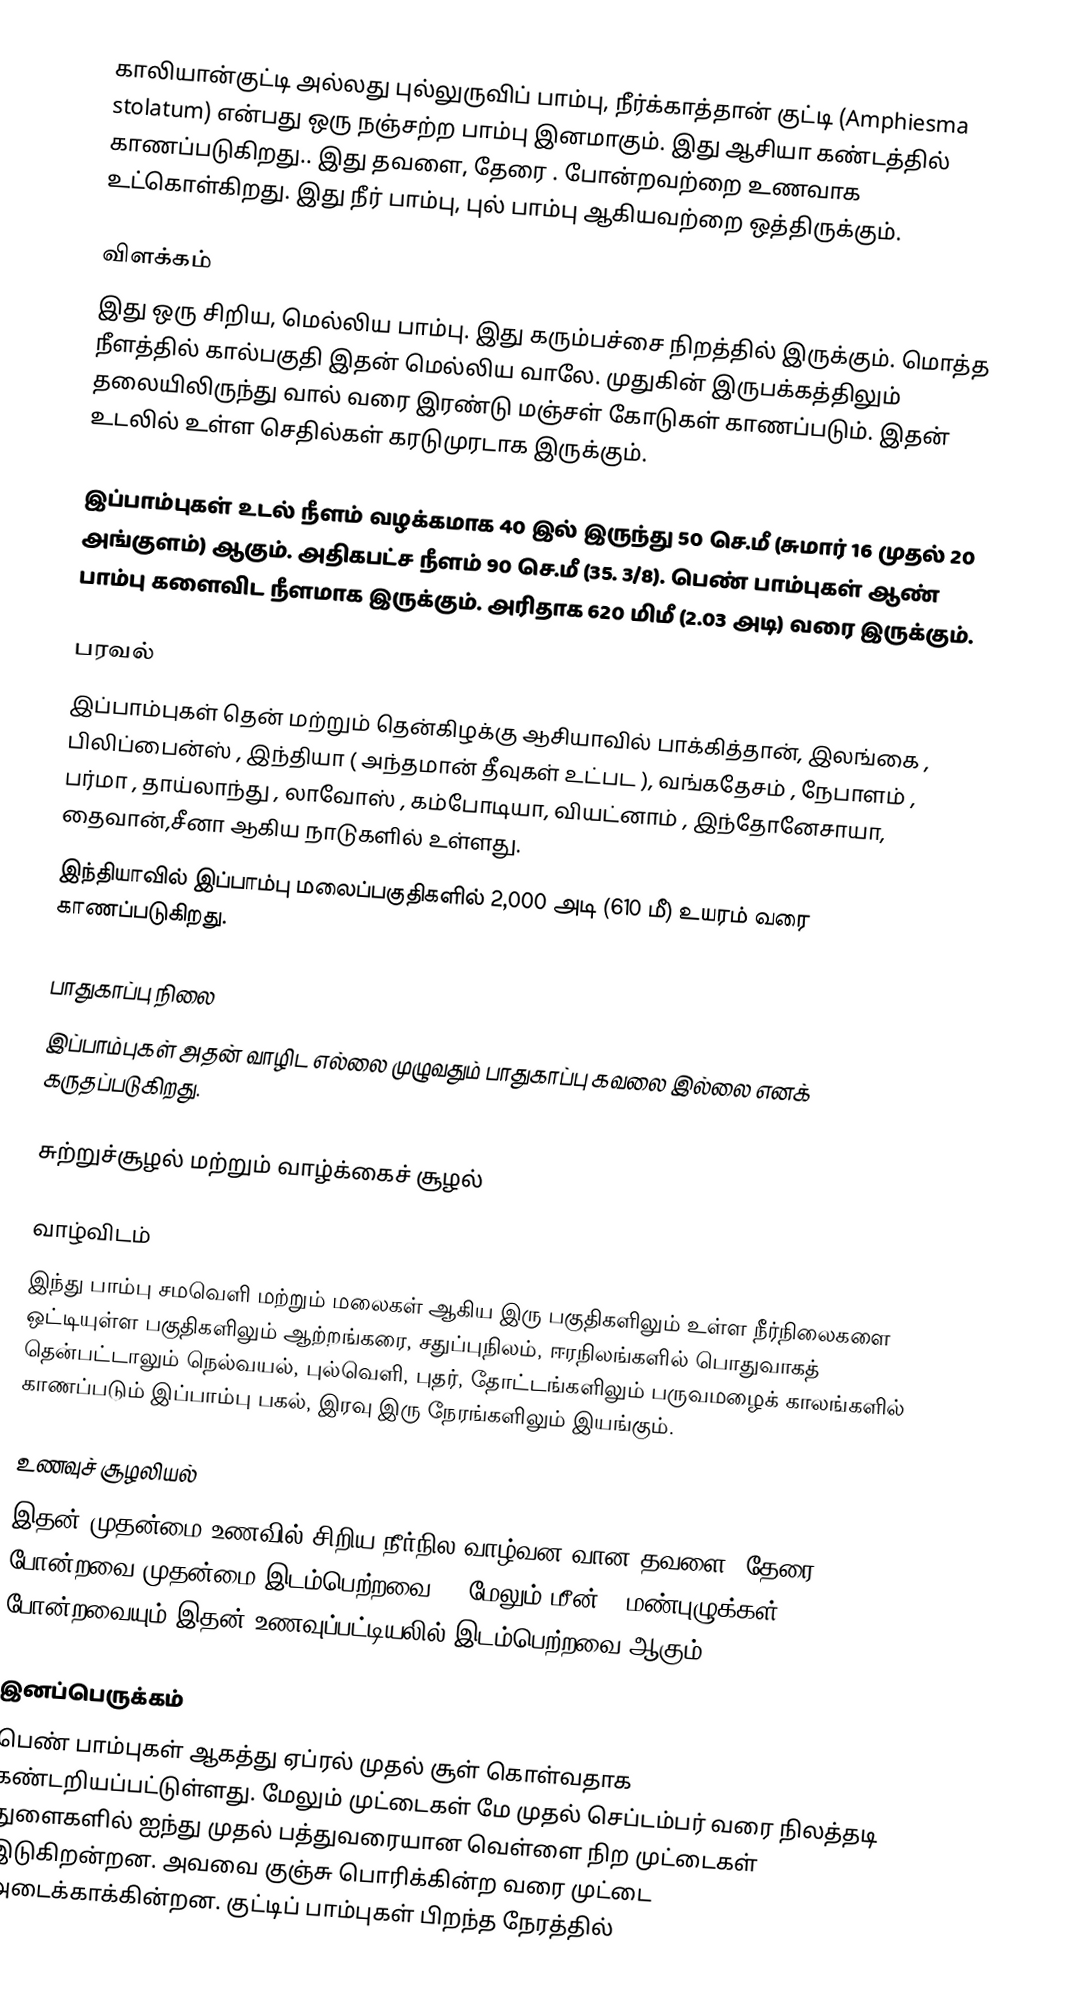
காலியான்குட்டி அல்லது புல்லுருவிப் பாம்பு, நீர்க்காத்தான் குட்டி (Amphiesma stolatum) என்பது ஒரு நஞ்சற்ற பாம்பு இனமாகும்.  இது  ஆசியா கண்டத்தில் காணப்படுகிறது.. இது  தவளை, தேரை . போன்றவற்றை உணவாக உட்கொள்கிறது.  இது  நீர் பாம்பு,  புல் பாம்பு ஆகியவற்றை ஒத்திருக்கும்.

விளக்கம்
இது ஒரு சிறிய, மெல்லிய பாம்பு. இது கரும்பச்சை நிறத்தில் இருக்கும். மொத்த நீளத்தில் கால்பகுதி இதன் மெல்லிய வாலே. முதுகின் இருபக்கத்திலும் தலையிலிருந்து வால் வரை  இரண்டு மஞ்சள்  கோடுகள் காணப்படும். இதன் உடலில் உள்ள செதில்கள் கரடுமுரடாக இருக்கும்.

இப்பாம்புகள் உடல் நீளம் வழக்கமாக 40 இல் இருந்து 50 செ.மீ (சுமார் 16 முதல் 20 அங்குளம்) ஆகும். அதிகபட்ச நீளம்  90 செ.மீ (35.  3/8). பெண் பாம்புகள் ஆண் பாம்பு களைவிட நீளமாக இருக்கும்.  அரிதாக  620 மிமீ (2.03 அடி) வரை இருக்கும்.

பரவல்
இப்பாம்புகள் தென் மற்றும் தென்கிழக்கு ஆசியாவில்  பாக்கித்தான்,  இலங்கை , பிலிப்பைன்ஸ் , இந்தியா  ( அந்தமான் தீவுகள் உட்பட ), வங்கதேசம் , நேபாளம் , பர்மா , தாய்லாந்து , லாவோஸ் , கம்போடியா, வியட்னாம் , இந்தோனேசாயா, தைவான்,சீனா ஆகிய நாடுகளில் உள்ளது.
இந்தியாவில் இப்பாம்பு மலைப்பகுதிகளில் 2,000 அடி (610 மீ) உயரம் வரை காணப்படுகிறது.

பாதுகாப்பு நிலை
இப்பாம்புகள் அதன் வாழிட எல்லை முழுவதும் பாதுகாப்பு கவலை இல்லை எனக் கருதப்படுகிறது.

சுற்றுச்சூழல் மற்றும் வாழ்க்கைச் சூழல்

வாழ்விடம்
இந்து பாம்பு சமவெளி மற்றும் மலைகள் ஆகிய இரு பகுதிகளிலும் உள்ள நீர்நிலைகளை ஒட்டியுள்ள பகுதிகளிலும்  ஆற்றங்கரை, சதுப்புநிலம், ஈரநிலங்களில் பொதுவாகத் தென்பட்டாலும் நெல்வயல், புல்வெளி, புதர், தோட்டங்களிலும் பருவமழைக் காலங்களில் காணப்படும் இப்பாம்பு பகல், இரவு இரு நேரங்களிலும் இயங்கும்.

உணவுச் சூழலியல்
இதன் முதன்மை உணவில் சிறிய நீர்நில வாழ்வன வான தவளை, தேரை போன்றவை முதன்மை இடம்பெற்றவை. , மேலும் மீன் , மண்புழுக்கள் போன்றவையும் இதன் உணவுப்பட்டியலில் இடம்பெற்றவை ஆகும்.

இனப்பெருக்கம்
பெண் பாம்புகள் ஆகத்து ஏப்ரல் முதல் சூள் கொள்வதாக கண்டறியப்பட்டுள்ளது. மேலும் முட்டைகள் மே முதல் செப்டம்பர் வரை நிலத்தடி துளைகளில் ஐந்து முதல் பத்துவரையான  வெள்ளை நிற முட்டைகள் இடுகிறன்றன. அவவை குஞ்சு பொரிக்கின்ற வரை முட்டை அடைக்காக்கின்றன. குட்டிப் பாம்புகள் பிறந்த நேரத்தில்